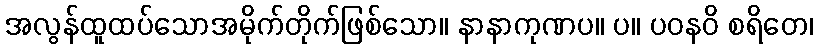
အလွန်ထူထပ်သောအမိုက်တိုက်ဖြစ်သော။ နာနာကုဏပ။ ပ။ ပဝနဝိ စရိတေ၊